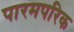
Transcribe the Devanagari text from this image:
पारमपरिक